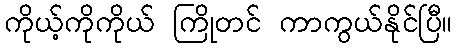
ကိုယ့်ကိုကိုယ် ကြိုတင် ကာကွယ်နိုင်ပြီ။